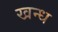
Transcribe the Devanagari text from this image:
खन्ध